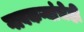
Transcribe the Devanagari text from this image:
गावकऱ्यांचेही